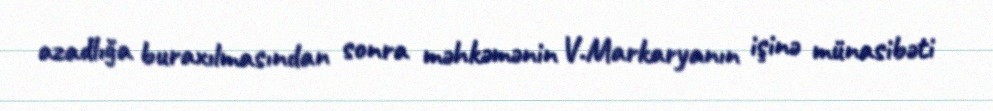
azadlığa buraxılmasından sonra məhkəmənin V.Markaryanın işinə münasibəti